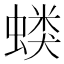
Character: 𰳍